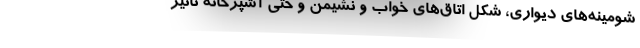
شومینه‌های دیواری، شکل اتاق‌های خواب و نشیمن و حتی آشپزخانه تاثیر